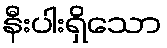
နီးပါးရှိသော